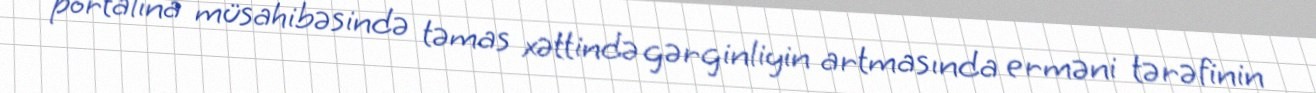
portalına müsahibəsində təmas xəttində gərginliyin artmasında erməni tərəfinin